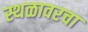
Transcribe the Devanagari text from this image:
स्थळावरचा